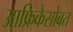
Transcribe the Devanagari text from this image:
आफ्रिकेसोबत